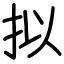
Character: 拟